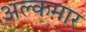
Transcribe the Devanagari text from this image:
अल्कमार